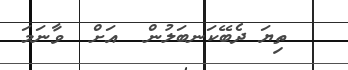
ތިޔަ ދެބޭކަނބަލުން  އަށް  ވާނަމަ